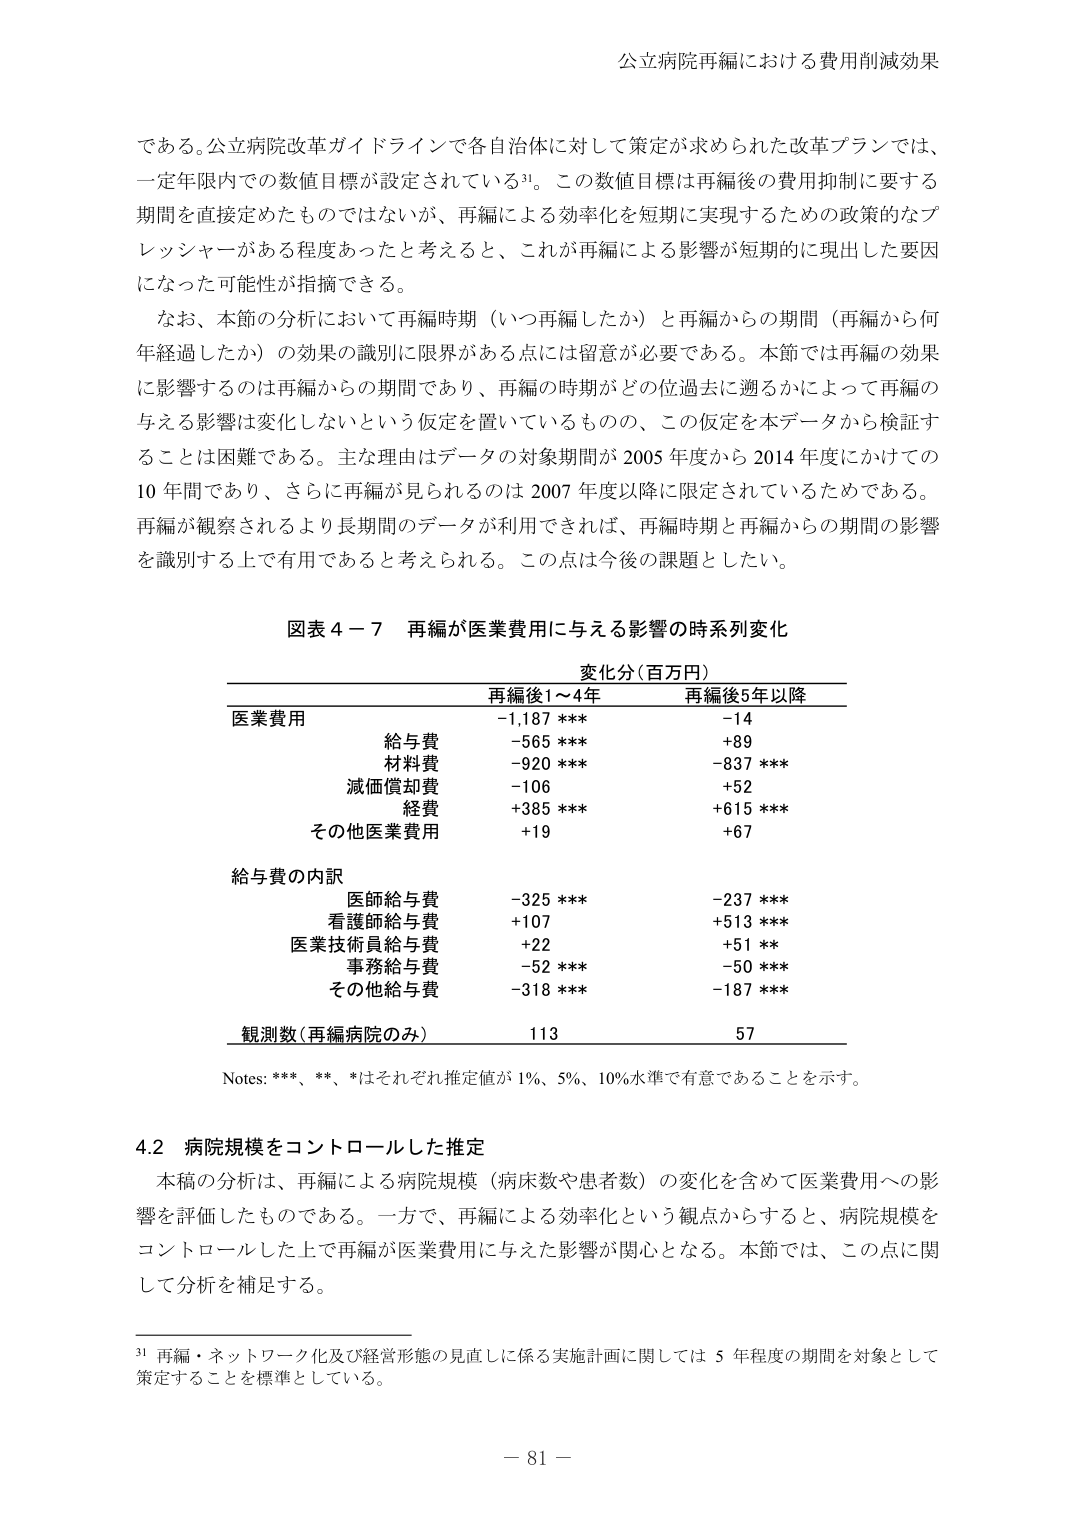
公立病院再編における費用削減効果

である。公立病院改革ガイドラインで各自治体に対して策定が求められた改革プランでは、
一定年限内での数値目標が設定されている31。この数値目標は再編後の費用抑制に要する
期間を直接定めたものではないが、再編による効率化を短期に実現するための政策的なプ
レッシャーがある程度あったと考えると、これが再編による影響が短期的に現出した要因
になった可能性が指摘できる。

なお、本節の分析において再編時期（いつ再編したか）と再編からの期間（再編から何
年経過したか）の効果の識別に限界がある点には留意が必要である。本節では再編の効果
に影響するのは再編からの期間であり、再編の時期がどの位過去に遡るかによって再編の
与える影響は変化しないという仮定を置いているものの、この仮定を本データから検証す
ることは困難である。主な理由はデータの対象期間が 2005 年度から 2014 年度にかけての
10 年間であり、さらに再編が見られるのは 2007 年度以降に限定されているためである。
再編が観察されるより長期間のデータが利用できれば、再編時期と再編からの期間の影響
を識別する上で有用であると考えられる。この点は今後の課題としたい。

図表 4－7 再編が医業費用に与える影響の時系列変化

変化分（百万円）
再編後1～4年 再編後5年以降
医業費用 -1,187 *** -14
　　給与費 -565 *** +89
　　材料費 -920 *** -837 ***
　　減価償却費 -106 +52
　　経費 +385 *** +615 ***
　　その他医業費用 +19 +67
給与費の内訳
　　医師給与費 -325 *** -237 ***
　　看護師給与費 +107 +513 ***
　　医業技術員給与費 +22 +51 **
　　事務給与費 -52 *** -50 ***
　　その他給与費 -318 *** -187 ***
観測数（再編病院のみ） 113 57

Notes: ***、**、*はそれぞれ推定値が 1%、5%、10%水準で有意であることを示す。

4.2 病院規模をコントロールした推定

本稿の分析は、再編による病院規模（病床数や患者数）の変化を含めて医業費用への影
響を評価したものである。一方で、再編による効率化という観点からすると、病院規模を
コントロールした上で再編が医業費用に与えた影響が関心となる。本節では、この点に関
して分析を補足する。

31 再編・ネットワーク化及び経営形態の見直しに係る実施計画に関しては 5 年程度の期間を対象として
策定することを標準としている。

－ 81 －